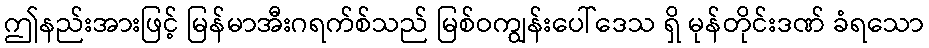
ဤနည်းအားဖြင့် မြန်မာအီးဂရက်စ်သည် မြစ်ဝကျွန်းပေါ်ဒေသ ရှိ မုန်တိုင်းဒဏ် ခံရသော